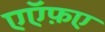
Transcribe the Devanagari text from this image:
एऍफ़ए